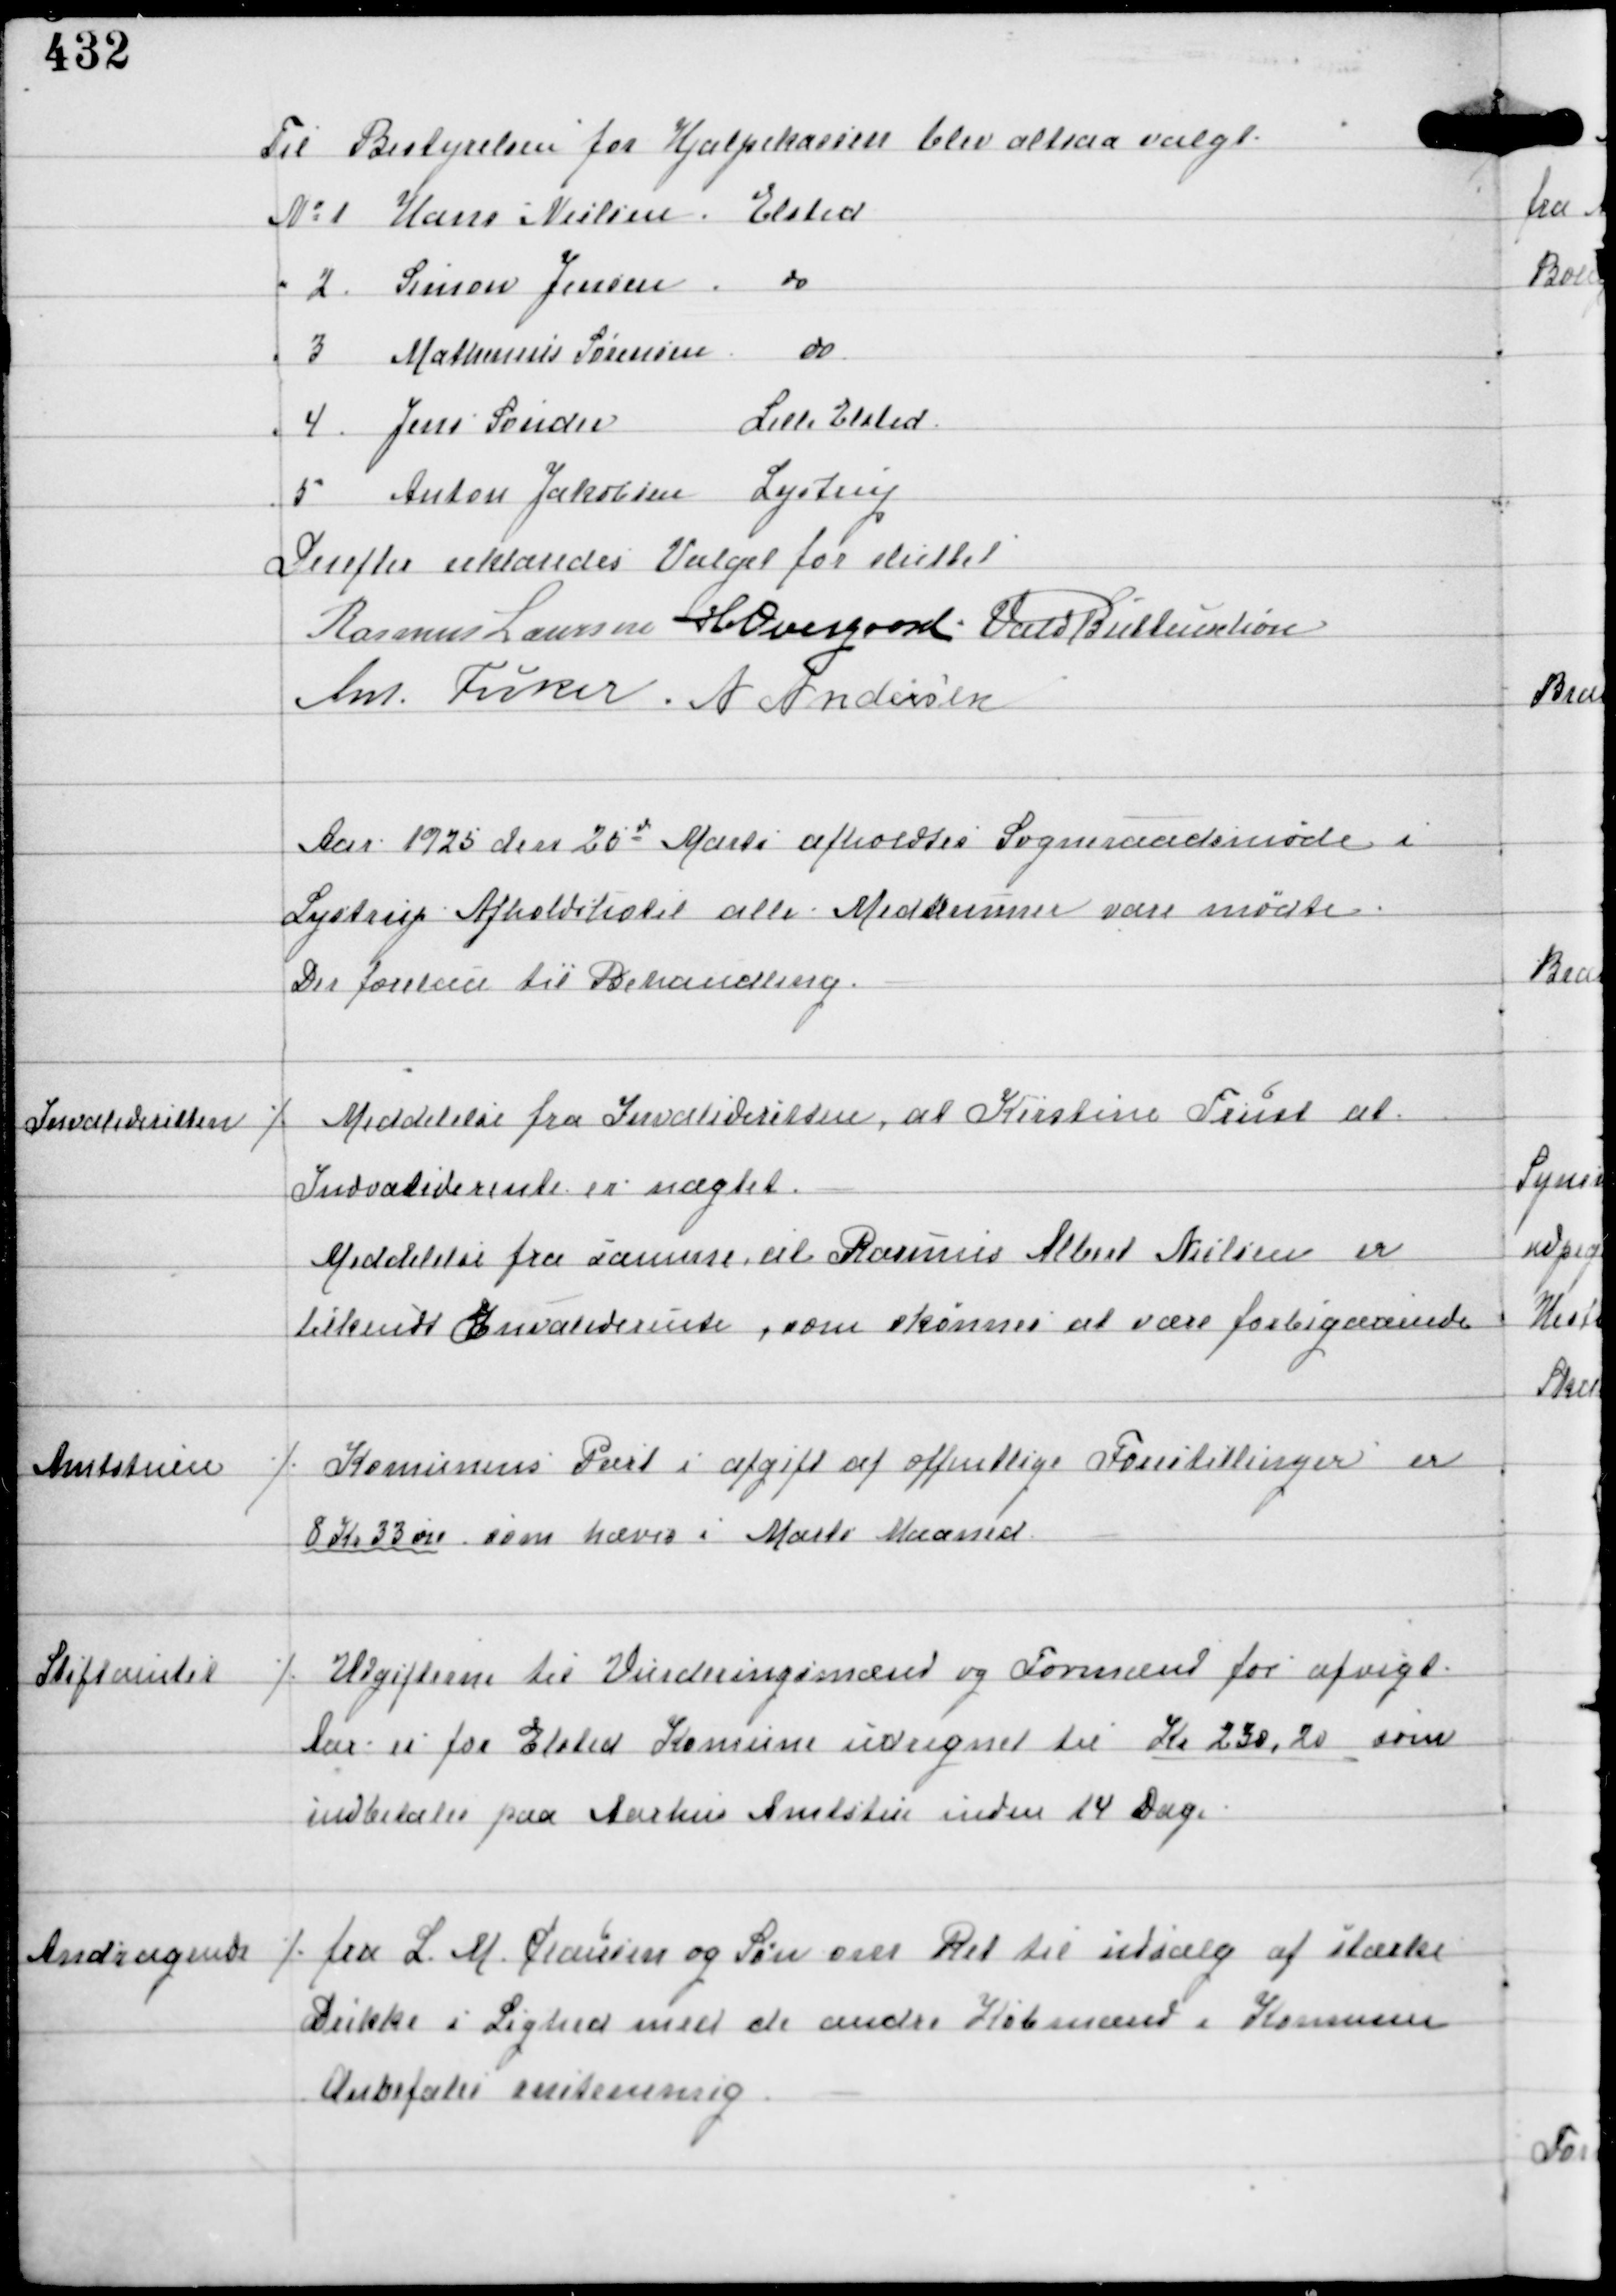
Transskription:
Til Bestyrelsen for Hjælpekassen blev altsaa valgt
No 1 Hans Nielsen Elsted
" 2 Simon Jensen do
" 3 Mathensen Sørensen do
" 4 Jens Sønder Lille Elsted
" 5 Anton Jakobsen Lystrup
Derefter erklæredes Valget for sluttet
Rasmus Laursen H. Overgaard Vald Buttenschøn
Ant Fisker A Andersen

Aar 1925 den 25d Marts afholdtes Sogneraadsmøde i
Lystrup Afholdshotel alle Medlemmer vare mødte.
Der forelaa til Behandling

Invalideretten

⁒ Meddelelse fra Invalideretten, at Kirsten Trust at
Invaliderente er nægtet.
Meddelse fra samme at Rasmus Albert Nielsen er
tilkendt Invaliderente, som skønnes at være forbigaaende.

Amtstuen

⁒ Komunens Part i afgift af offentlige Forestillinger er
8 Kr 33 øre, som hæves i Marts Maaned.

Stiftamtet

⁒ Udgifterne til Vurderingsmænd og Formænd for afvigt
Aar er for Elsted Komune udregnet til Kr 230,20 som
indbetales paa Aarhus Amtstue inden 14 Dage.

Andragende

⁒ fra L. M. Clausen og Søn om Ret til udsalg af stærke
Drikke i Lighed med de andre Købmænd i Komunen
Anbefaledes enstemmig